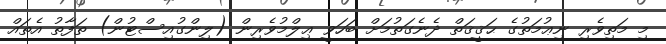
މި މަތިވެރި ނިޢުމަތުގެ ޙަޤީޤަތް ދެނެގަތުމަށް ބަހަވީ ޢިލްމުވެރިން (ލިންގުއިސްޓުން) ތަފާތު އެތައް